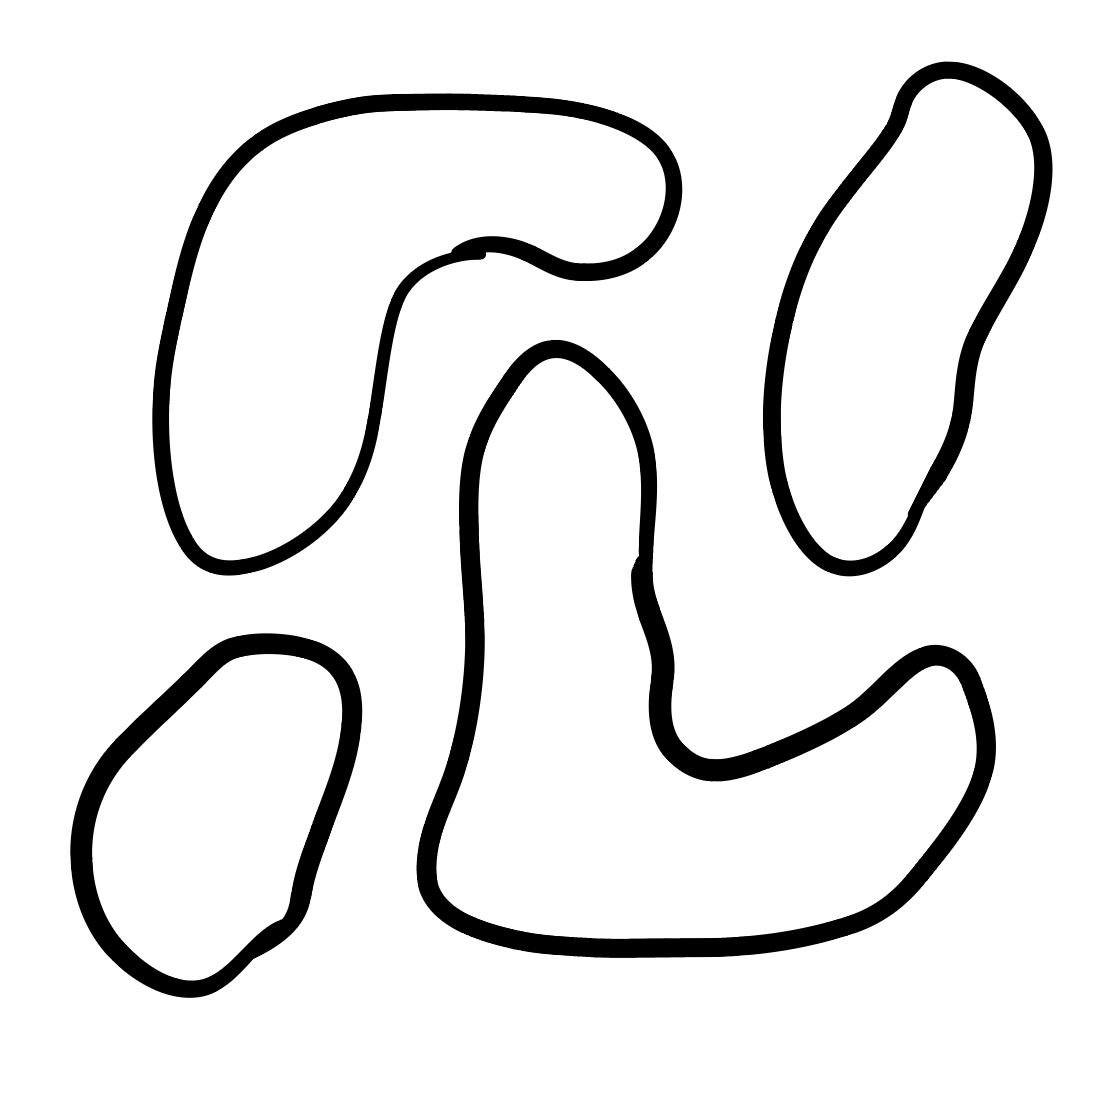
Number of regions (including the outer root region): 5
Containment tree edges (parent, child): 0, 1, 0, 2, 0, 3, 0, 4